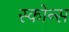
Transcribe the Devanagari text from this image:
स्कोन्स